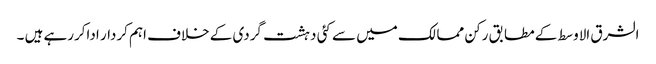
الشرق الاوسط کے مطابق رکن ممالک میں سے کئی دہشت گردی کے خلاف اہم کردار اداکررہے ہیں ۔